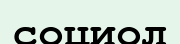
социол